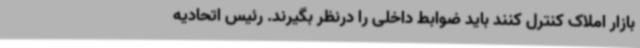
بازار املاک کنترل کنند باید ضوابط داخلی را درنظر بگیرند. رئیس اتحادیه